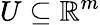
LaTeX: U\subseteq\mathbb{R}^{m}